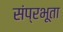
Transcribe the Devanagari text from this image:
संप्रभूता